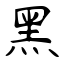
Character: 黑